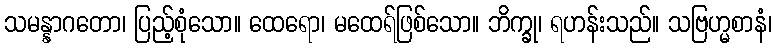
သမန္နာဂတော၊ ပြည့်စုံသော။ ထေရော၊ မထေရ်ဖြစ်သော။ ဘိက္ခု၊ ရဟန်းသည်။ သဗြဟ္မစာနံ၊